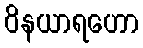
ဝိနယာရဟော